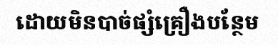
ដោយមិនបាច់ផ្សំគ្រឿងបន្ថែម